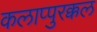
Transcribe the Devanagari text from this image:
कलाप्पुरक्कल